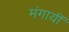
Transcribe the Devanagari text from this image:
मंगायीं